Newspaper: Fayetteville observer. [volume]
Place of publication: Fayetteville, Tenn.
Publisher: Alfred H. Berry
Date: 1870-03-17 00:00:00
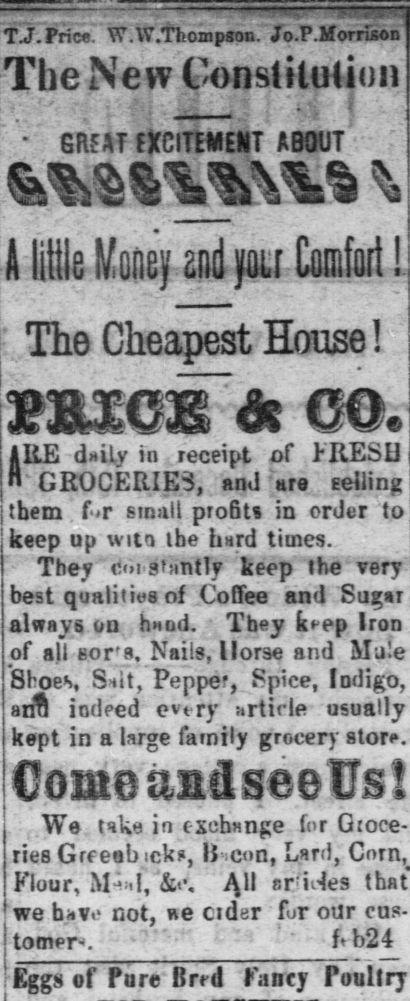
Advertisement text (OCR):
TJ.PricflT W.W.Thoinpson. Jo-P-ilorrion The Ne w Constitution ' GRAT EXCITEMENT ABOUT'' A Iittls fcney and yoLr Comfort ! Tho Cheapest House I 9 i--' s . v v.rt - e ? . r v t r IRE d-ily in .receipt nf tRESIJ them . (r small profits in order to keep up "wito ihe hard times. They coi saintly keep the very best qualities of Coffee and Sut always on hnod. They kt-ep Iron of all Eor'8, Nails, Horse and Male Shoes, Stit, Peppe?,. Spice, Indigo, an iodeed evtry urtirle usually kept in a large family grocery stor. OpmbantlseeTTs! , We. tika in eschisnge for Groce ries Grf eabick?. Ii iCn. Lard. Corn. Flour, ill cnUes that we bavt" not, we cider for our cus tomer. " fb24 Eggs of Pure Brrd Fancy Poultry
Label: text-only